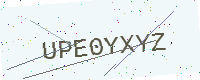
Text: UPE0YXYZ